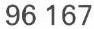
96 167